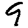
Digit: 9